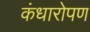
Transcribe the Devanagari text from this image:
कंधारोपण